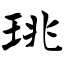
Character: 珧